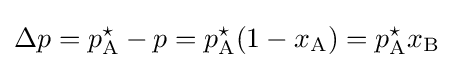
\Delta p=p_{\text{A}}^{\star }-p=p_{\text{A}}^{\star }(1-x_{\text{A}})=p_{\text{A}}^{\star }x_{\text{B}}